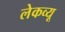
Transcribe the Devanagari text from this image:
लेकव्यू